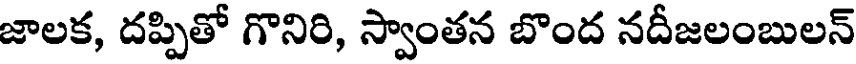
జాలక, దప్పితో గొనిరి, స్వాంతన బొంద నదీజలంబులన్